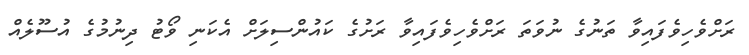
ރަށްވެހިވެފައިވާ ތަނުގެ ނުވަތަ ރަށްވެހިވެފައިވާ ރަށުގެ ކައުންސިލަށް އެކަނި ވޯޓު ދިނުމުގެ އުސޫލެއް